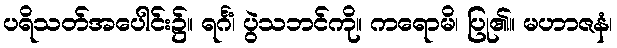
ပရိသတ်အပေါင်း၌။ ရင်္ဂံ၊ ပွဲသဘင်ကို။ ကရောမိ၊ ပြု၏။ မဟာဇနံ၊